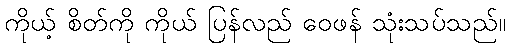
ကိုယ့် စိတ်ကို ကိုယ် ပြန်လည် ဝေဖန် သုံးသပ်သည်။